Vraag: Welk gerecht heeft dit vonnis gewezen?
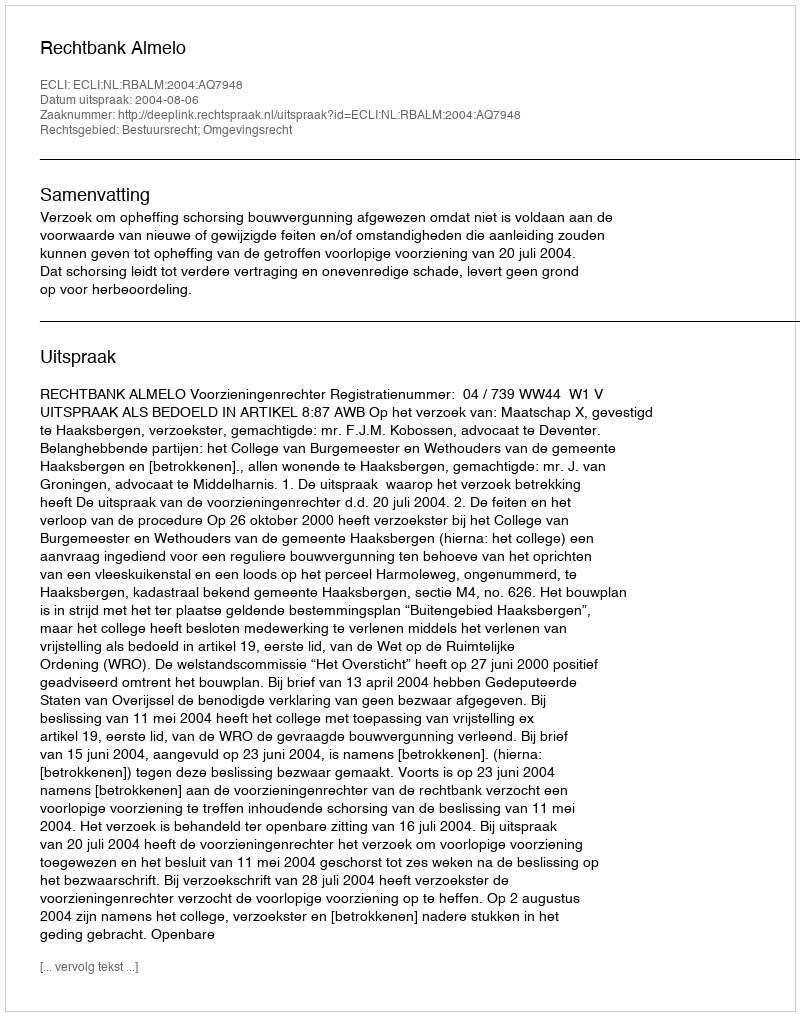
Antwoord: Rechtbank Almelo